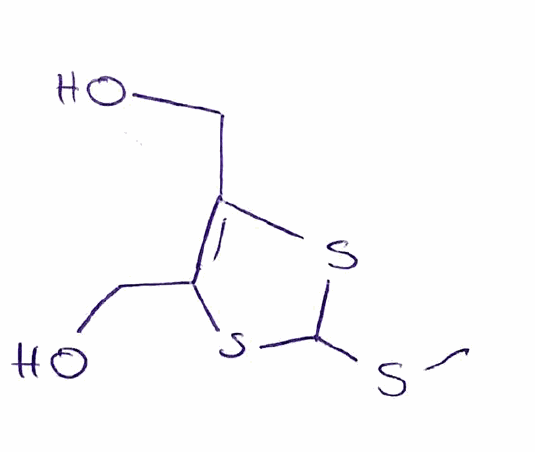
Simplified molecular-input line-entry system (SMILES) notation of the given molecule:
CSC1SC(=C(S1)CO)CO